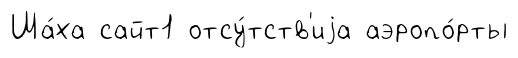
Ша́ха сайт1 отсу́тств'иjа аэропо́рты